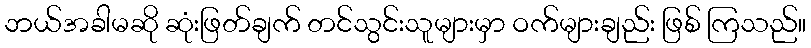
ဘယ်အခါမဆို ဆုံးဖြတ်ချက် တင်သွင်းသူများမှာ ဝက်များချည်း ဖြစ် ကြသည်။